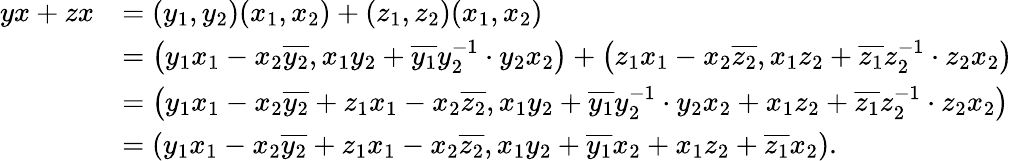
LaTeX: \begin{array}{rl}{yx+zx}&{=(y_{1},y_{2})(x_{1},x_{2})+(z_{1},z_{2})(x_{1},x_{2})}\\ &{=\left(y_{1}x_{1}-x_{2}\overline{{y_{2}}},x_{1}y_{2}+\overline{{y_{1}}}y_{2}^{-1}\cdot y_{2}x_{2}\right)+\left(z_{1}x_{1}-x_{2}\overline{{z_{2}}},x_{1}z_{2}+\overline{{z_{1}}}z_{2}^{-1}\cdot z_{2}x_{2}\right)}\\ &{=\left(y_{1}x_{1}-x_{2}\overline{{y_{2}}}+z_{1}x_{1}-x_{2}\overline{{z_{2}}},x_{1}y_{2}+\overline{{y_{1}}}y_{2}^{-1}\cdot y_{2}x_{2}+x_{1}z_{2}+\overline{{z_{1}}}z_{2}^{-1}\cdot z_{2}x_{2}\right)}\\ &{=\left(y_{1}x_{1}-x_{2}\overline{{y_{2}}}+z_{1}x_{1}-x_{2}\overline{{z_{2}}},x_{1}y_{2}+\overline{{y_{1}}}x_{2}+x_{1}z_{2}+\overline{{z_{1}}}x_{2}\right).}\end{array}